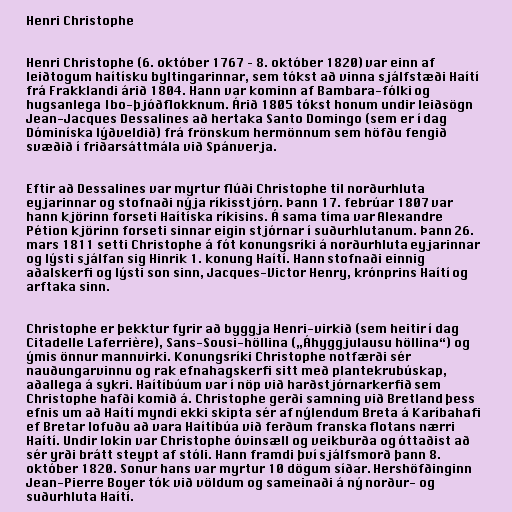
Henri Christophe

Henri Christophe (6. október 1767 – 8. október 1820) var einn af
leiðtogum haítísku byltingarinnar, sem tókst að vinna sjálfstæði Haítí
frá Frakklandi árið 1804. Hann var kominn af Bambara-fólki og
hugsanlega Ibo-þjóðflokknum. Árið 1805 tókst honum undir leiðsögn
Jean-Jacques Dessalines að hertaka Santo Domingo (sem er í dag
Dóminíska lýðveldið) frá frönskum hermönnum sem höfðu fengið
svæðið í friðarsáttmála við Spánverja.

Eftir að Dessalines var myrtur flúði Christophe til norðurhluta
eyjarinnar og stofnaði nýja ríkisstjórn. Þann 17. febrúar 1807 var
hann kjörinn forseti Haítíska ríkisins. Á sama tíma var Alexandre
Pétion kjörinn forseti sinnar eigin stjórnar í suðurhlutanum. Þann 26.
mars 1811 setti Christophe á fót konungsríki á norðurhluta eyjarinnar
og lýsti sjálfan sig Hinrik 1. konung Haítí. Hann stofnaði einnig
aðalskerfi og lýsti son sinn, Jacques-Victor Henry, krónprins Haítí og
arftaka sinn.

Christophe er þekktur fyrir að byggja Henri-virkið (sem heitir í dag
Citadelle Laferrière), Sans-Sousi-höllina („Áhyggjulausu höllina“) og
ýmis önnur mannvirki. Konungsríki Christophe notfærði sér
nauðungarvinnu og rak efnahagskerfi sitt með plantekrubúskap,
aðallega á sykri. Haítíbúum var í nöp við harðstjórnarkerfið sem
Christophe hafði komið á. Christophe gerði samning við Bretland þess
efnis um að Haítí myndi ekki skipta sér af nýlendum Breta á Karíbahafi
ef Bretar lofuðu að vara Haítíbúa við ferðum franska flotans nærri
Haítí. Undir lokin var Christophe óvinsæll og veikburða og óttaðist að
sér yrði brátt steypt af stóli. Hann framdi því sjálfsmorð þann 8.
október 1820. Sonur hans var myrtur 10 dögum síðar. Hershöfðinginn
Jean-Pierre Boyer tók við völdum og sameinaði á ný norður- og
suðurhluta Haítí.